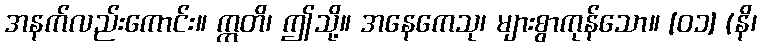
အနက်လည်းကောင်း။ ဣတိ၊ ဤသို့။ အနေကေသု၊ များစွာကုန်သော။ [၀၁] (နိ၊